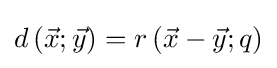
d\left({{\vec {x}};{\vec {y}}}\right)=r\left({{\vec {x}}-{\vec {y}};q}\right)